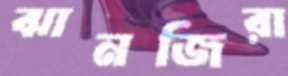
ঝানজিরা